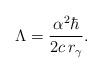
LaTeX: \begin{align*}\Lambda=\frac{\alpha^2\hbar}{2c\,r_\gamma}.\end{align*}